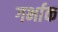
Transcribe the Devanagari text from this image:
गर्भाक